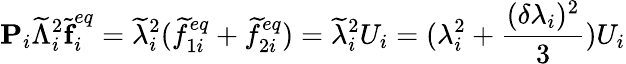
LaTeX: \textbf{P}_{i}\widetilde{\Lambda}_{i}^{2}\widetilde{\textbf{f}}_{i}^{eq}=\widetilde{\lambda}_{i}^{2}(\widetilde{f}_{1i}^{eq}+\widetilde{f}_{2i}^{eq})=\widetilde{\lambda}_{i}^{2}U_{i}=(\lambda_{i}^{2}+\frac{(\delta\lambda_{i})^{2}}{3})U_{i}